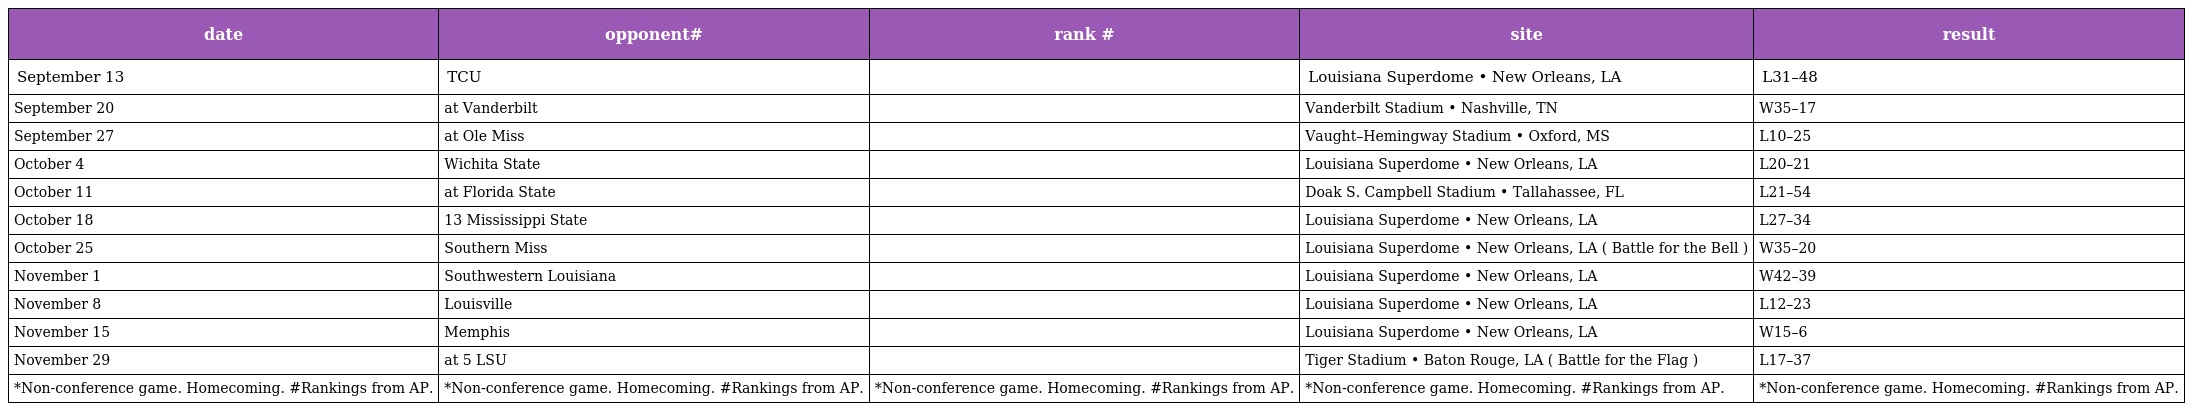
| date | opponent# | rank # | site | result |
 | --- | --- | --- | --- | --- |
 | September 13 | TCU |  | Louisiana Superdome • New Orleans, LA | L31–48 |
 | September 20 | at Vanderbilt |  | Vanderbilt Stadium • Nashville, TN | W35–17 |
 | September 27 | at Ole Miss |  | Vaught–Hemingway Stadium • Oxford, MS | L10–25 |
 | October 4 | Wichita State |  | Louisiana Superdome • New Orleans, LA | L20–21 |
 | October 11 | at Florida State |  | Doak S. Campbell Stadium • Tallahassee, FL | L21–54 |
 | October 18 | 13 Mississippi State |  | Louisiana Superdome • New Orleans, LA | L27–34 |
 | October 25 | Southern Miss |  | Louisiana Superdome • New Orleans, LA ( Battle for the Bell ) | W35–20 |
 | November 1 | Southwestern Louisiana |  | Louisiana Superdome • New Orleans, LA | W42–39 |
 | November 8 | Louisville |  | Louisiana Superdome • New Orleans, LA | L12–23 |
 | November 15 | Memphis |  | Louisiana Superdome • New Orleans, LA | W15–6 |
 | November 29 | at 5 LSU |  | Tiger Stadium • Baton Rouge, LA ( Battle for the Flag ) | L17–37 |
 | *Non-conference game. Homecoming. #Rankings from AP. | *Non-conference game. Homecoming. #Rankings from AP. | *Non-conference game. Homecoming. #Rankings from AP. | *Non-conference game. Homecoming. #Rankings from AP. | *Non-conference game. Homecoming. #Rankings from AP. |